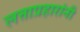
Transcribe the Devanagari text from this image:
लत्ताप्रहारांनी